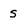
Character: s